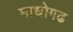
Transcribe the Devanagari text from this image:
माधोगढ